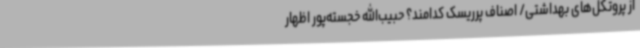
از پروتکل‌های بهداشتی/ اصناف پرریسک کدامند؟ حبیب‌الله خجسته‌پور اظهار